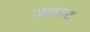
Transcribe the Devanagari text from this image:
आठपट